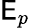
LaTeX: \mathsf{E}_{p}